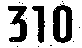
310